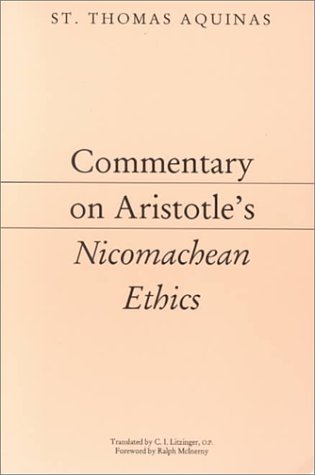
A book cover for Commentary on Aristotle's Nicomachean Ethics [Aristotelian Commentary Series]; Saint Thomas Aquinas; Politics & Social Sciences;